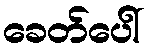
ခေတ်ပေါ်